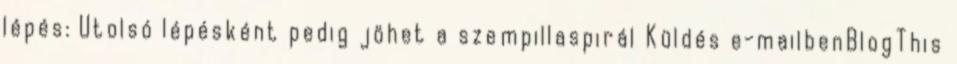
lépés: Utolsó lépésként pedig jöhet a szempillaspirál Küldés e-mailbenBlogThis